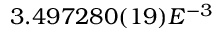
3 . 4 9 7 2 8 0 ( 1 9 ) E ^ { - 3 }